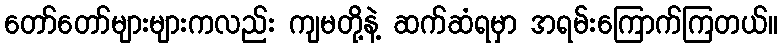
တော်တော်များများကလည်း ကျမတို့နဲ့ ဆက်ဆံရမှာ အရမ်းကြောက်ကြတယ်။